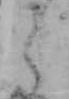
く